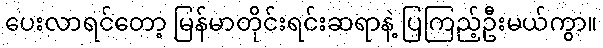
ပေးလာရင်တော့ မြန်မာတိုင်းရင်းဆရာနဲ့ ပြကြည့်ဦးမယ်ကွာ။